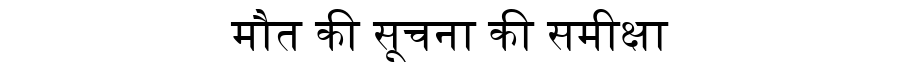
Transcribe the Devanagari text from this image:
मौत की सूचना की समीक्षा